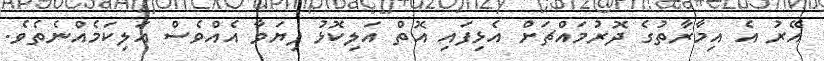
އޭރު އެ އިމާރާތުގެ ދޮރުމައްޗަށް އެޅިފައި އޮތް އަލިކޮޅު ފިޔަވާ އެއްވެސް އަލިކަމެއްނެތެވެ.